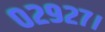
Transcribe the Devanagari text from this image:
०२९२७।